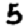
Digit: 5